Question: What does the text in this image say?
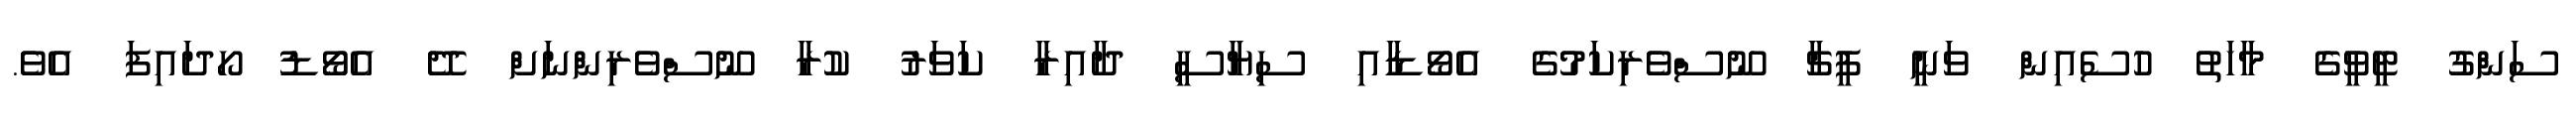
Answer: ސަންގު ޓީވީގެ މާހަތު ހުސެއިން ވަނީ ފީޗާ ނޫސްވެރިކަމުގެ އެވޯޑާއި ސިޔާސީ ދާއިރާ ކަވަރު ކުރާ ނޫސްވެރިންނަށް ދޭ އެވޯޑު ހޯދައިފަ އެވެ.